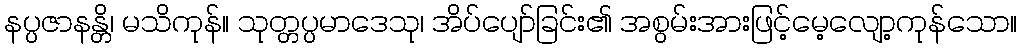
နပ္ပဇာနန္တိ၊ မသိကုန်။ သုတ္တပ္ပမာဒေသု၊ အိပ်ပျော်ခြင်း၏ အစွမ်းအားဖြင့်မေ့လျော့ကုန်သော။